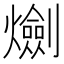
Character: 𤑯